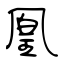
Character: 凰